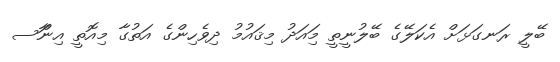
ބޭލީ ރަނގަޅަށް އެކަލޭގެ ބޭލުނީތީ މިައަދު މިޤައުމު ދިވެހިންގެ އަތުގާ މިއޮތީ އިންަާސ